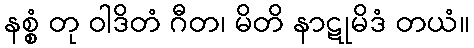
နစ္စံ တု ဝါဒိတံ ဂီတ၊ မိတိ နာဋုမိဒံ တယံ။